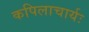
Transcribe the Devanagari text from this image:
कपिलाचार्यः